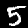
Digit: 5